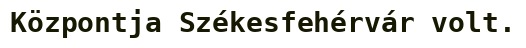
Központja Székesfehérvár volt.